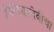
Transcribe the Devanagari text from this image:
होलिकादेवीचा